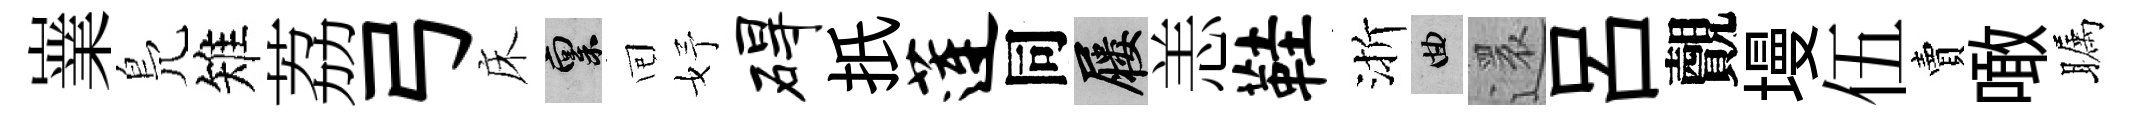
嶪鳬雉荔弓床禀囘妤碍扺莲同屨恙鞋渐曲還呂覿墁伍賣噉瞩